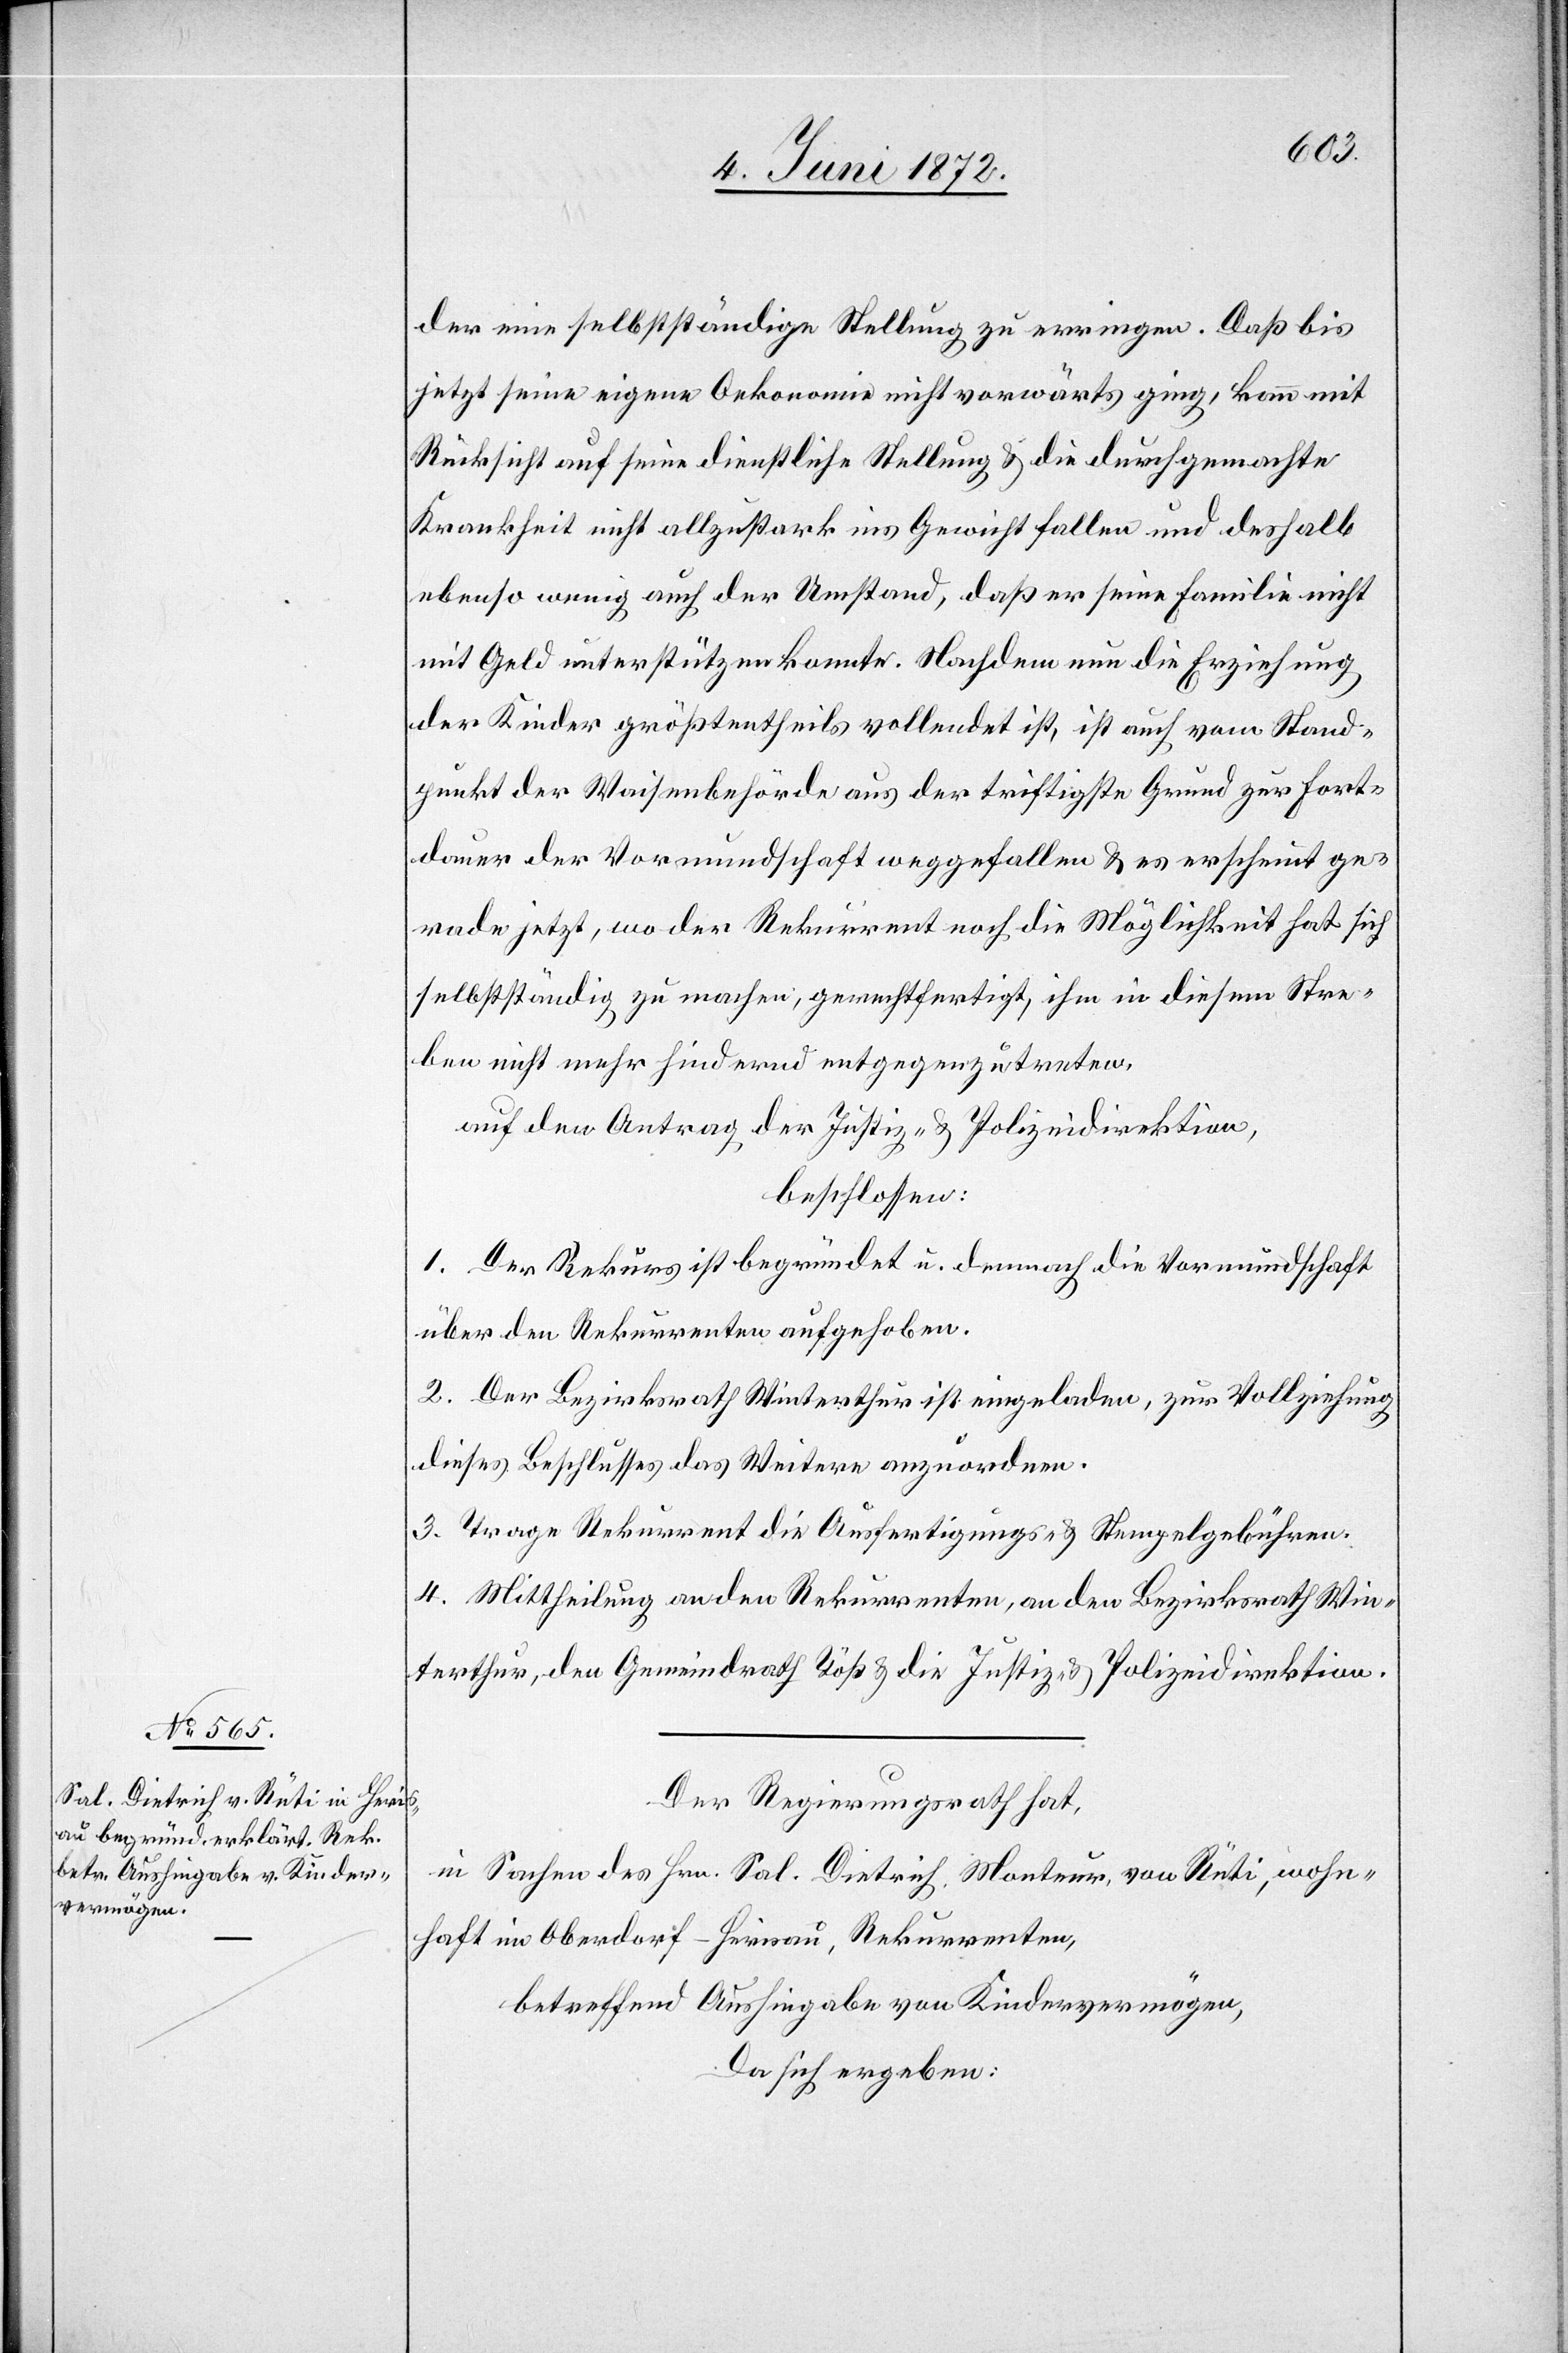
der eine selbstständige Stellung zu erringen. Daß bis
jetzt seine eigene Oekonomie nicht vorwärts ging, kann mit
Rücksicht auf seine dienstliche Stellung u. die durchgemachte
Krankheit nicht allzustark ins Gewicht fallen und deshalb
ebenso wenig auch der Umstand, daß er seine Familie nicht
mit Geld unterstützten konnte. Nachdem nun die Erziehung
der Kinder größtentheils vollendet ist, ist auch vom Stand¬
punkt der Waisenbehörde aus der triftigste Grund zur Fort¬
dauer der Vormundschaft weggefallen u. es erscheint ge¬
rade jetzt, wo der Rekurrent noch die Möglichkeit hat sich
selbstständig zu machen, gerechtfertigt, ihm in diesem Stre¬
ben nicht mehr hindernd entgegenzutreten.
auf den Antrag der Justiz- u. Polizeidirektion,
beschlossen:
1. Der Rekurs ist begründet u. demnach die Vormundschaft
über den Rekurrenten aufgehoben.
2. Der Bezirksrath Winterthur ist eingeladen, zur Vollziehung
dieses Beschlusses das Weitere anzuordnen.
3. Trage Rekurrent die Ausfertigungs- u. Stempelgebühren.
4. Mittheilung an den Rekurrenten, an den Bezirksrath Win¬
terthur, den Gemeindrath Töß u. die Justiz- u. Polizeidirektion.
Der Regierungsrath hat,
in Sachen des Hrn. Sal. Dietrich[,] Monteur von Rüti, wohn¬
haft in Oberdorf-Herisau, Rekurrenten,
betreffend Aushingabe von Kindervermögen,
Da sich ergeben: